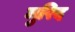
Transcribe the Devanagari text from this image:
मुरिद